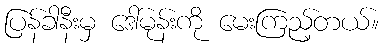
ပြန်ခါနီးမှ ဒေါ်မုန်းကို မေးကြည့်တယ်။